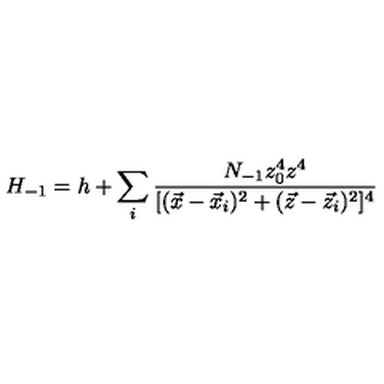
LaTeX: H _ { - 1 } = h + \sum _ { i } \frac { N _ { - 1 } z _ { 0 } ^ { 4 } z ^ { 4 } } { [ ( \vec { x } - \vec { x } _ { i } ) ^ { 2 } + ( \vec { z } - \vec { z } _ { i } ) ^ { 2 } ] ^ { 4 } }